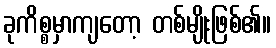
ခုကိစ္စမှာကျတော့ တစ်မျိုးဖြစ်၏။